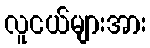
လူငယ်များအား